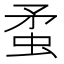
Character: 䖥